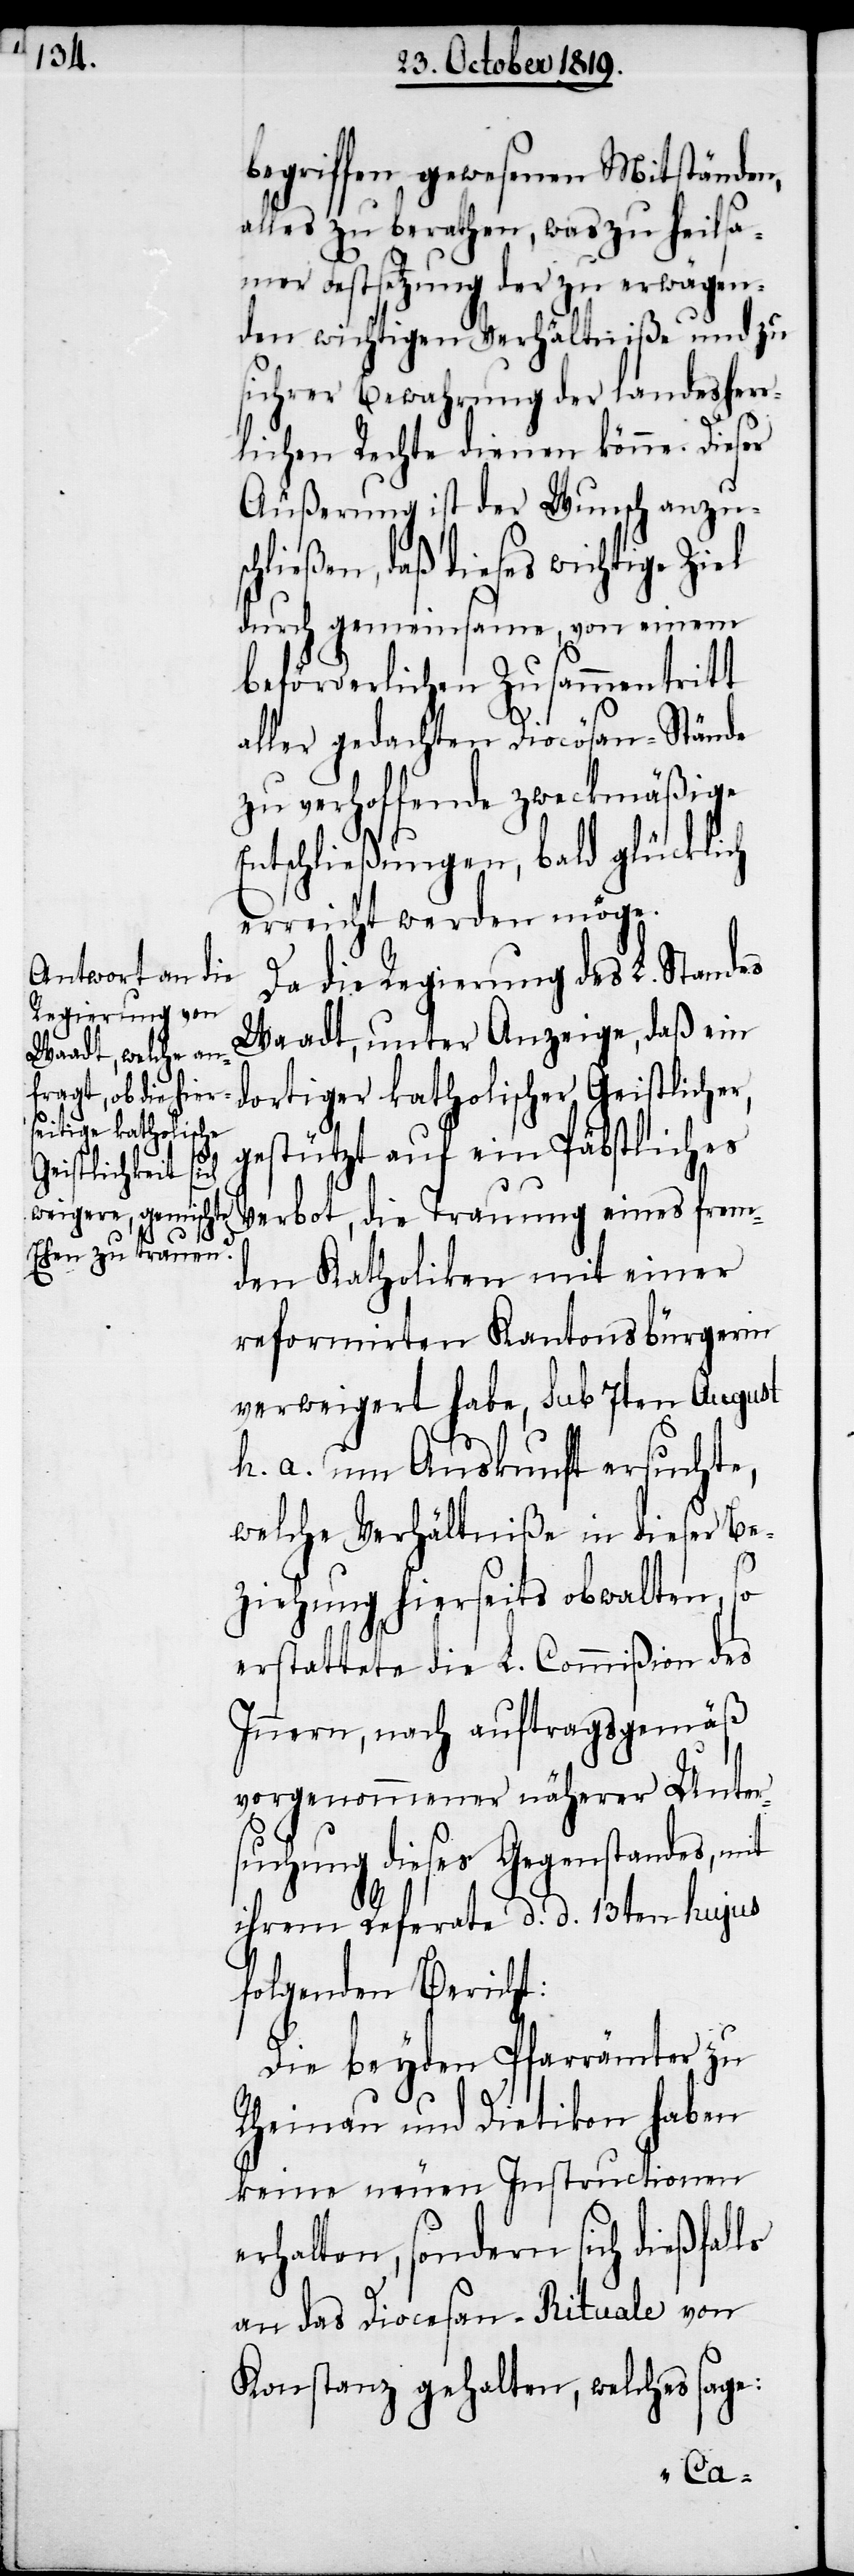
ls

begriffen gewesenen Mitständen,
alles zu berathen, was zu heilsa¬
mer Festsetzung der zu erwägen¬
den wichtigen Verhältniße und zu
sichrer Bewahrung der landesherr¬
lichen Rechte dienen könne. Dieser
Äußerung ist der Wunsch anzusc¬
hließen, daß dieses wichtige Ziel
durch gemeinsame, von einem
beförderlichen Zusammentritt
aller gedachten Diocösan-Stände
zu verhoffende zweckmäßige
Entschließungen, bald glücklich
erreicht werden möge.
Da die Regierung des L. Standes
Waadt, unter Anzeige, daß ein
dortiger katholischer Geistlicher,
gestützt auf ein Päbstliches
Verbot, die Trauung eines frem¬
den Katholiken mit einer
reformirten Kantonsbürgerin
verweigert habe, sub 7ten August
h. a. um Auskunft ersuchte,
welche Verhältniße in dieser Be¬
ziehung hierseits obwalten, so
erstattete die L. Commißion des
Innern, nach auftragsgemäß
vorgenommener näherer Unter¬
suchung dieses Gegenstandes, mit
ihrem Referate d. d. 13ten hujus
folgenden Bericht:
Die beyden Pfarrämter zu
Rheinau und Dietikon haben
keine neuen Instructionen
erhalten, sondern sich dießfal¬
an das Diocesan-Rituale von
Konstanz gehalten, welches sage: